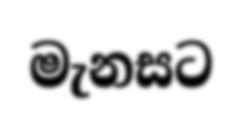
මැනසට